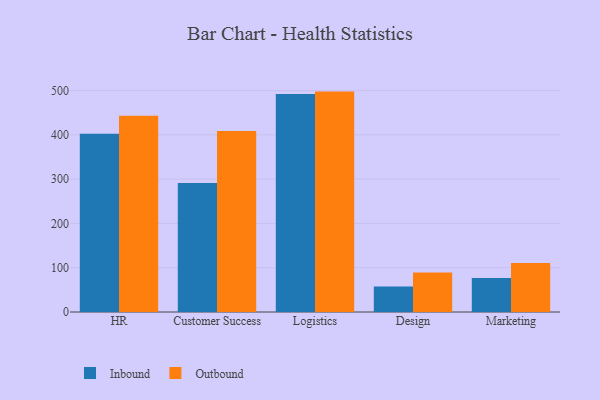
{"axis": {"x": "Department", "y": "Market Share (%)"}, "legend": ["Inbound", "Outbound"], "data": [{"x": "HR", "y": 402.2, "type": "Inbound"}, {"x": "HR", "y": 442.8, "type": "Outbound"}, {"x": "Customer Success", "y": 291.0, "type": "Inbound"}, {"x": "Customer Success", "y": 408.9, "type": "Outbound"}, {"x": "Logistics", "y": 492.3, "type": "Inbound"}, {"x": "Logistics", "y": 497.6, "type": "Outbound"}, {"x": "Design", "y": 57.5, "type": "Inbound"}, {"x": "Design", "y": 89.3, "type": "Outbound"}, {"x": "Marketing", "y": 76.9, "type": "Inbound"}, {"x": "Marketing", "y": 110.5, "type": "Outbound"}]}